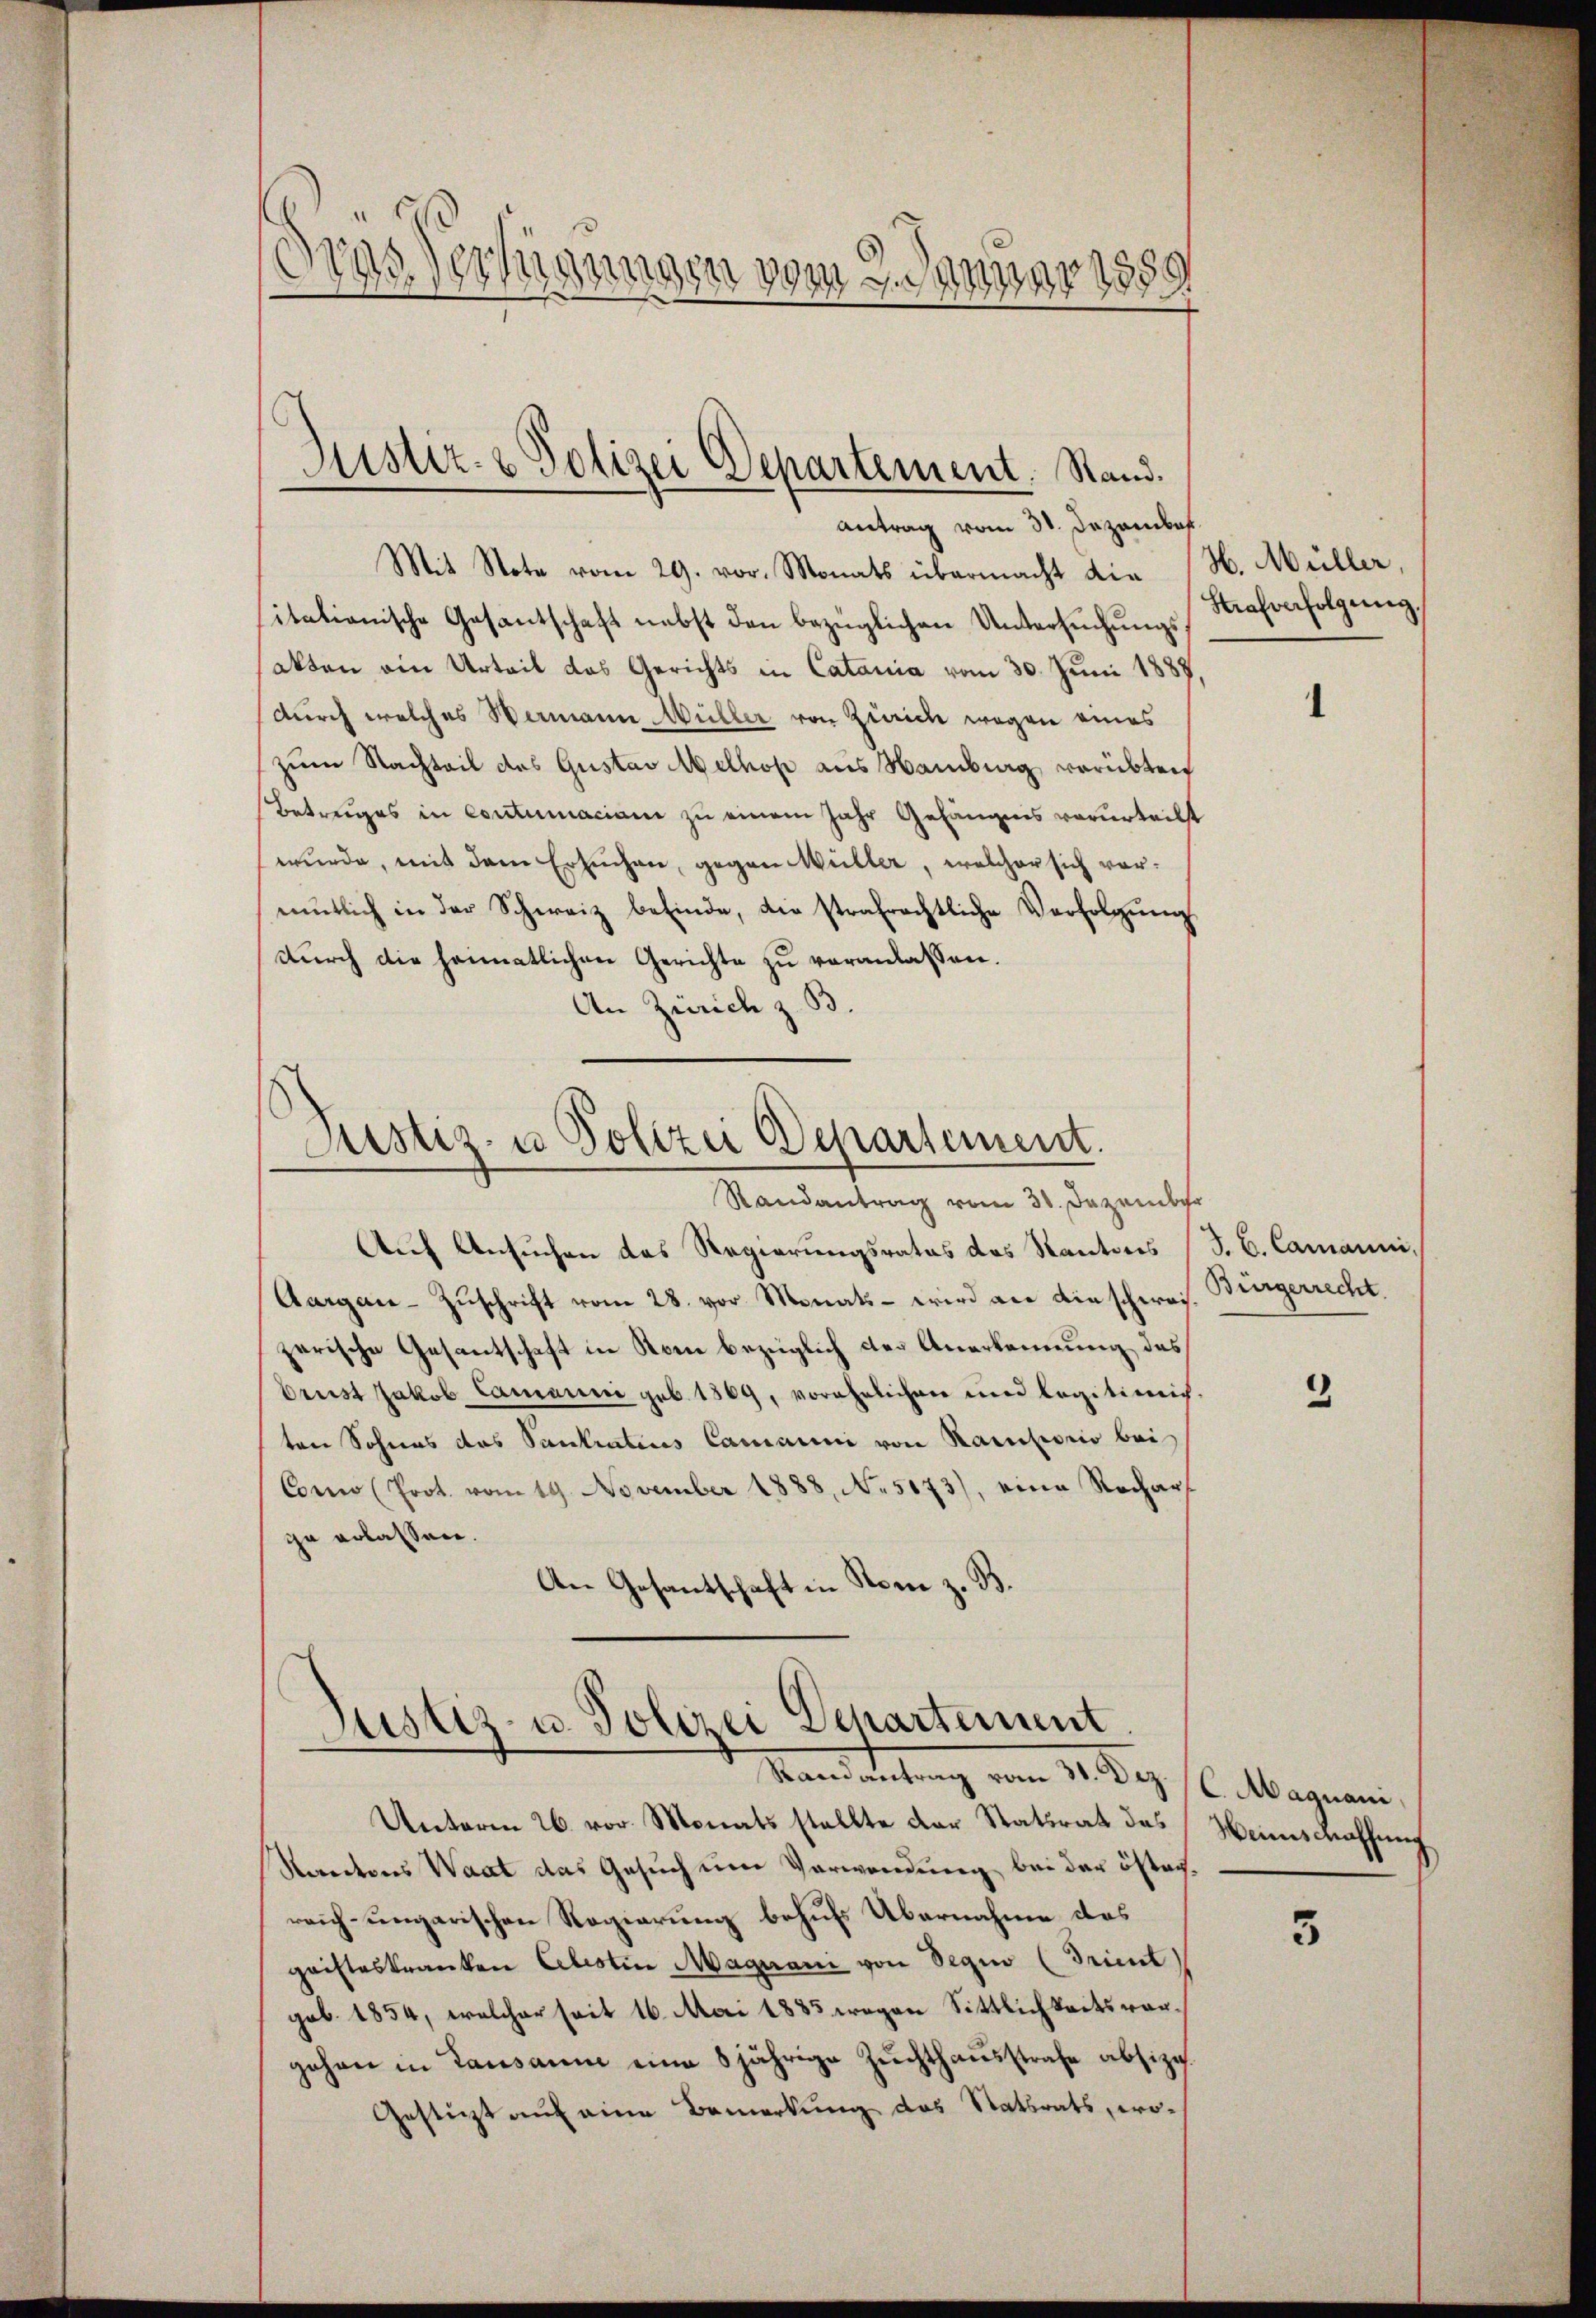
Pras
Mirungen vom 7. Jenner 1859

Ristiz- & Polizei Departement. Stand.

Antrag vom 31. Dezembe
Mit Note vom 29. vor. Monats übermacht die
itationische Gesantschaft nebst den bezüglichen Untersuchungsakten ein Urteil das Gerichts in Catania vom 30. Juni 1887
durch welches Wermann Müller von Zürich wegen eines
zum Nachteil des Gustav elhof aus Namburg verübten
Betrages in Coutumaciam zu einem Jahr Gefängnis verurteilt
wurde, mit dem Ersuchen, gegen Müller, welcher sich vormmtlich in der Schweiz befinde, die strafrechtliche Verfolgung
durch die heimatlichen Gerichte zu veranlassen.
An Zürich z. B.

Justiz- u Polizei Departement.
Randantrag vom 30. Dezember

Justiz- u. Polizei Departement
Mandeleitung vom 11. Dez.

Auf Ansuchen das Regierungsrates das Kantons (J. C. Camanni,
Aargau-Zuschrift vom 28. vor Monats - wird an diescheres. Bürgerrecht.
zerische Gesantschaft in Rone bezüglich der Anerkennung des
Drust Jakob Cammuni geb. 1869, vorehelichen und legitimis-
ten Sohnes das Sankratius Cammuni von Karporio bei
Conno (Prot. vom 19. November 1888. No. 5173), eine Recharf
zu erlassen.
An Gesantschaft in Nom z. B.

Unterm 26. vor. Monats stellte der Stattrat des Weins Kraffung
Korectens Waat das Gesuch um Verwendung bei der öster.
reich-ungarischen Regierung behufs Übernahme des
geisteskranken Celestin Maguani von Segio (Trient)
gob. 1854, welcher seit 16. Mai 1885 wegen Sittlichkeitsvorgehen in Lausanne eine 8jährige Zuchthausstrafe absize.
Gestützt auf eine Bemerkung das Statsrats, wo¬

H. Müller,
Strafverfolgung,

2

C. Magnani,

3